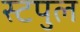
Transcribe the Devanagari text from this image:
स्टपुल